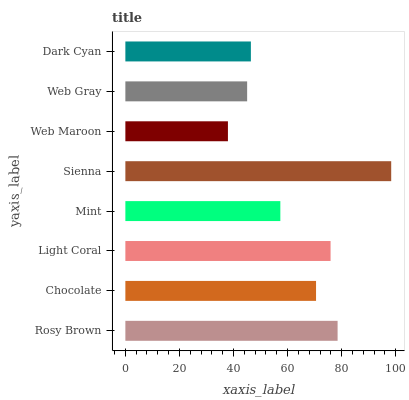
| yaxis_label | bars |
 | --- | --- |
 | Rosy Brown | 78.5 |
 | Chocolate | 70.5 |
 | Light Coral | 75.9 |
 | Mint | 57.3 |
 | Sienna | 98.3 |
 | Web Maroon | 37.9 |
 | Web Gray | 45 |
 | Dark Cyan | 46.4 |